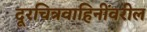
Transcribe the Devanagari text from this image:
दूरचित्रवाहिनींवरील